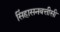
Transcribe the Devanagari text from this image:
सिंहासनबत्तीसी